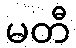
မတီ